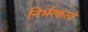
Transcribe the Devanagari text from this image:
निर्भरकरते